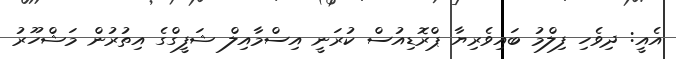
އެއީ: ދިވެހި ފިލްމު ބައިވެރިޔާ ޕްރޮޑިއުސް ކުރަނީ އިސްމާއިލް ޝަފީގްގެ އިތުރުން މަޝްހޫރު